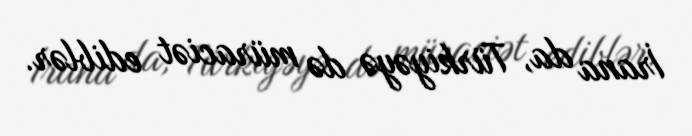
İrana da, Türkiyəyə də müraciət ediblər.